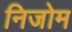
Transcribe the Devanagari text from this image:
निजोम